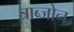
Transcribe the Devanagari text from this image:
त्राब्जोन